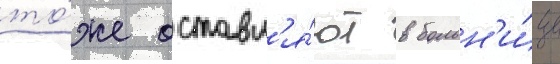
то́же оставл'я́ют в больн'и́це